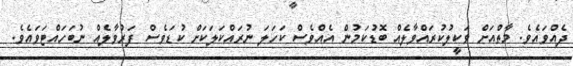
ދެއްވައެވެ. މާތްއަށް ވަކީލުކުރައްވާލެއް ބޮޑުކަމުން އެއްވެސް ކަހަލަ ނުރައްކަލަކަށް ކުޑަވެސް ފަރުވާލެއް ނުބަހައްޓަވައެވެ.